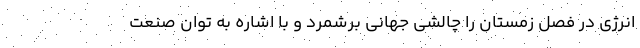
انرژی در فصل زمستان را چالشی جهانی برشمرد و با اشاره به توان صنعت